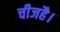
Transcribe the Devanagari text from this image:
चीजहै।